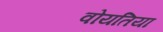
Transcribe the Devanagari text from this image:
वोयतिया